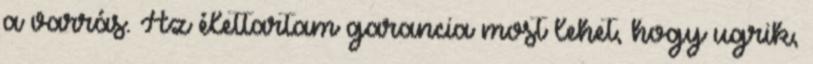
a varrás. Az élettartam garancia most lehet, hogy ugrik,